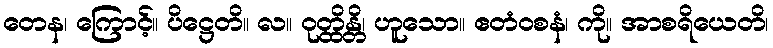
တေန၊ ကြောင့်။ ပိဋ္ဌေတိ။ လ။ ဝုတ္ထိန္တိ၊ ဟူသော။ ဧတံဝစနံ၊ ကို။ အာစရိယေတိ၊